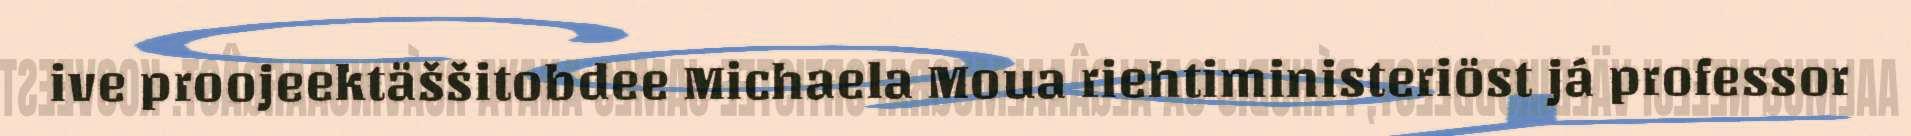
ive proojeektäššitobdee Michaela Moua riehtiministeriöst já professor